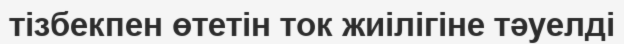
тізбекпен өтетін ток жиілігіне тәуелді